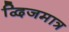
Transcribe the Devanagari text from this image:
द्विजमात्र